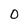
Character: 0